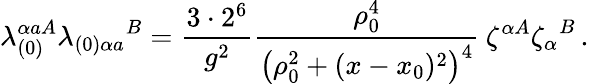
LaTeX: \lambda_{(0)}^{\alpha aA}{\lambda_{(0)\alpha a}}^{B}=\frac{3\cdot 2^{6}}{g^{2}}\frac{\rho_{0}^{4}}{\left(\rho_{0}^{2}+(x-x_{0})^{2}\right)^{4}}\: \zeta^{\alpha A}{\zeta_{\alpha}}^{B}\, .